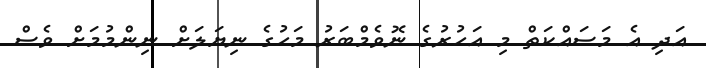
އަދި އެ މަސައްކަތް މި އަހުރުގެ ނޮވެމްބަރު މަހުގެ ނިޔަލަށް ނިންމުމަށް ވެސް